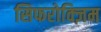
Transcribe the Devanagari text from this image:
सिफरोक्ज़िम